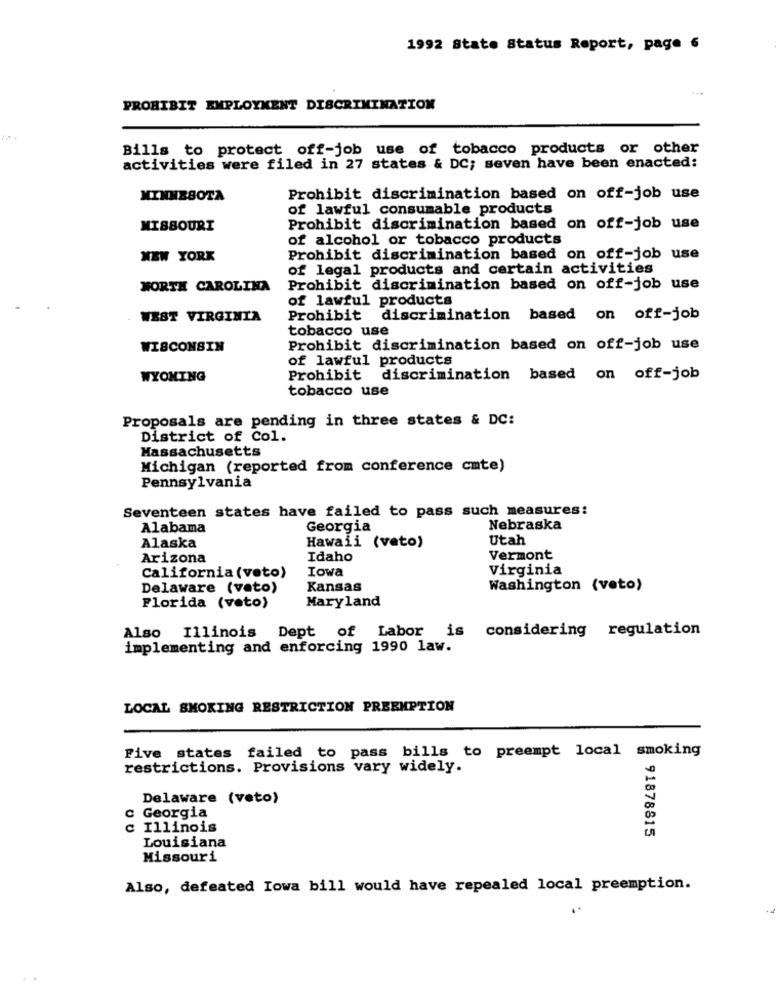
1992 State Status Report, page 6
PROHIBIT EMPLOYMENT DISCRIMINATION
Bills to protect off-job use of tobacco products or other
activities were filed in 27 states & DC; seven have been enacted:
MINNESOTA
Prohibit discrimination based on off-job use
of lawful consumable products
MISSOURI
Prohibit discrimination based on off-job use
of alcohol or tobacco products
NEW YORK
Prohibit discrimination based on off-job use
of legal products and certain activities
NORTH CAROLINA
Prohibit discrimination based on off-job use
of lawful products
WEST VIRGINIA
Prohibit
discrimination based on off-job
tobacco use
WISCONSIN
Prohibit discrimination based on off-job use
of lawful products
WYOMING
Prohibit discrimination based on off-job
tobacco use
Proposals are pending in three states & DC:
District of Col.
Massachusetts
Michigan (reported from conference cmte)
Pennsylvania
Seventeen states have failed to pass such measures:
Alabama
Georgia
Nebraska
Hawaii (veto)
Utah
Alaska
Arizona
Idaho
Vermont
Iowa
Virginia
California (veto)
Delaware (veto)
Kansas
Washington (veto)
Maryland
Florida (veto)
Also Illinois Dept of Labor is considering regulation
implementing and enforcing 1990 law.
LOCAL SMOKING RESTRICTION PREEMPTION
Five states failed to pass bills to preempt local smoking
restrictions. Provisions vary widely.
Delaware (veto)
c Georgia
c Illinois
91878815
Louisiana
Missouri
Also, defeated Iowa bill would have repealed local preemption.